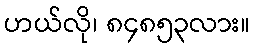
ဟယ်လို၊ ၈၄၈၅၃လား။